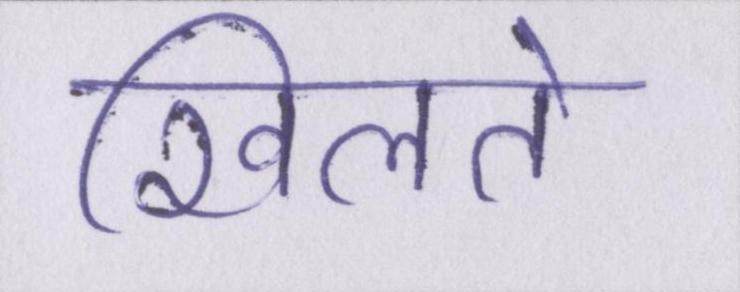
खिलते